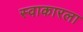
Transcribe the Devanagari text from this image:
स्वाकारला